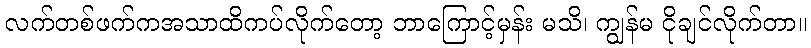
လက်တစ်ဖက်ကအသာထိကပ်လိုက်တော့ ဘာကြောင့်မှန်း မသိ၊ ကျွန်မ ငိုချင်လိုက်တာ။